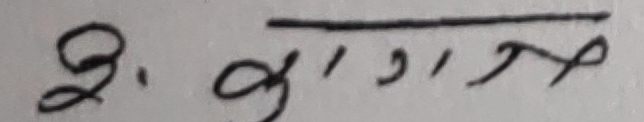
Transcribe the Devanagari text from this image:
२, अ१ग१ञम